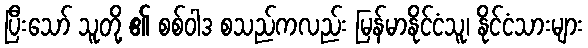
ပြီးသော် သူတို့ ၏ စစ်ဝါဒ စသည်ကလည်း မြန်မာနိုင်ငံသူ၊ နိုင်ငံသားများ